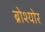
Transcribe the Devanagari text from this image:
ब्रोश्योर